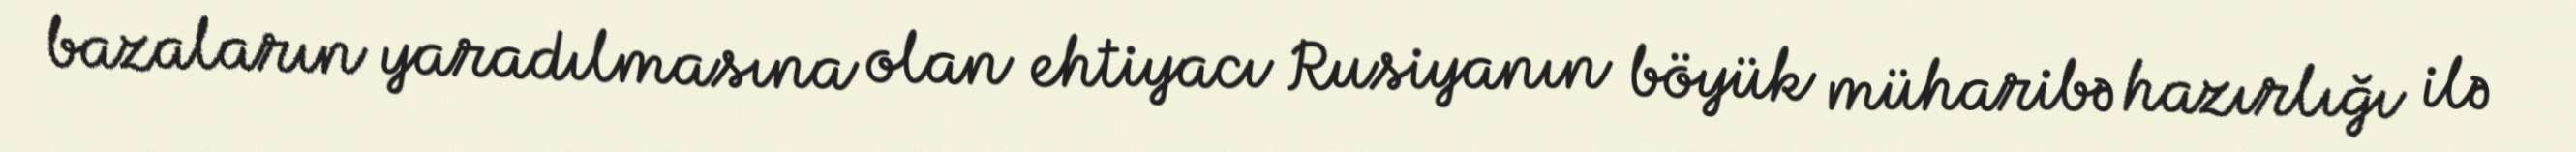
bazaların yaradılmasına olan ehtiyacı Rusiyanın böyük müharibə hazırlığı ilə